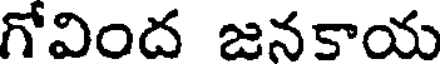
గోవింద జనకాయ